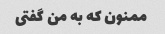
ممنون که به من گفتی